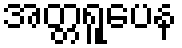
အတ္တရူပေန